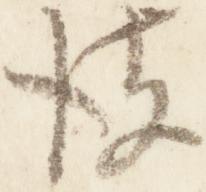
彼